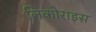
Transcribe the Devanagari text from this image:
लिकोराइस